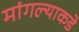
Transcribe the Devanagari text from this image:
मांगल्याकडे